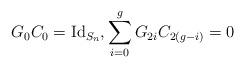
LaTeX: \begin{align*}G_{0} C_{0} = \mathrm{Id}_{S_n}, \sum_{i=0}^{g} G_{2i} C_{2(g-i)} = 0 \end{align*}